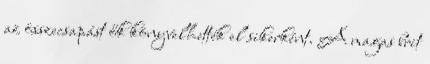
az összecsapást ők könyvelhették el sikerként. A magas brit